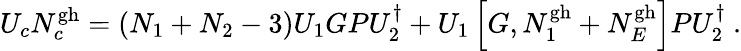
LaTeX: U_{c}N_{c}^{\mathrm{gh}}=(N_{1}+N_{2}-3)U_{1}GPU_{2}^{\dagger}+U_{1}\left[G,N_{1}^{\mathrm{gh}}+N_{E}^{\mathrm{gh}}\right]PU_{2}^{\dagger}\ .